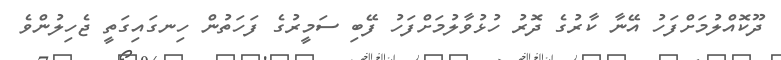
ދޫކޮއްލުމަށްފަހު އޭނާ ކާރުގެ ދޮރު ހުޅުވާލުމަށްފަހު ފޭބި ސަމީރުގެ ފަހަތުން ހިނގައިގަތީ ޖެހިލުންވެ